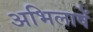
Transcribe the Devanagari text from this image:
अभिलाषें